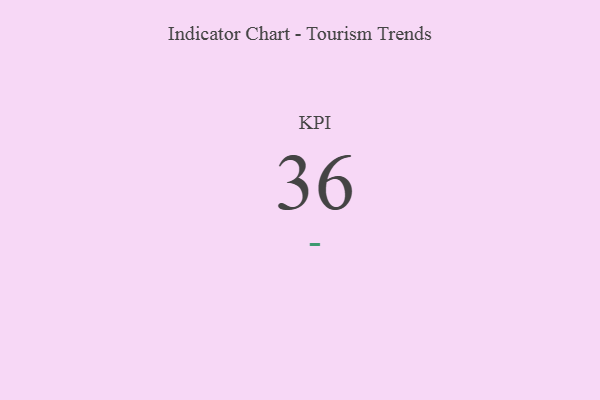
{"axis": {"x": "KPI", "y": "Value"}, "legend": [""], "data": [{"x": "KPI", "y": 36, "type": ""}]}